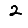
Digit: 2